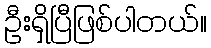
ဦးရှိပြီဖြစ်ပါတယ်။